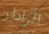
الرادار